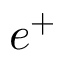
e ^ { + }